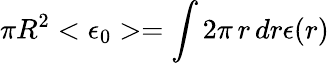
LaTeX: \pi R^{2}<\epsilon_{0}>=\int 2\pi\, r\, dr\epsilon(r)